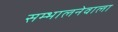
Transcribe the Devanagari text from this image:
सम्भालनेवाला